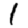
Digit: 1